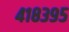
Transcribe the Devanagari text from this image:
४१८३९५